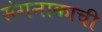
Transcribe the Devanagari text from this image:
संगनाकाची